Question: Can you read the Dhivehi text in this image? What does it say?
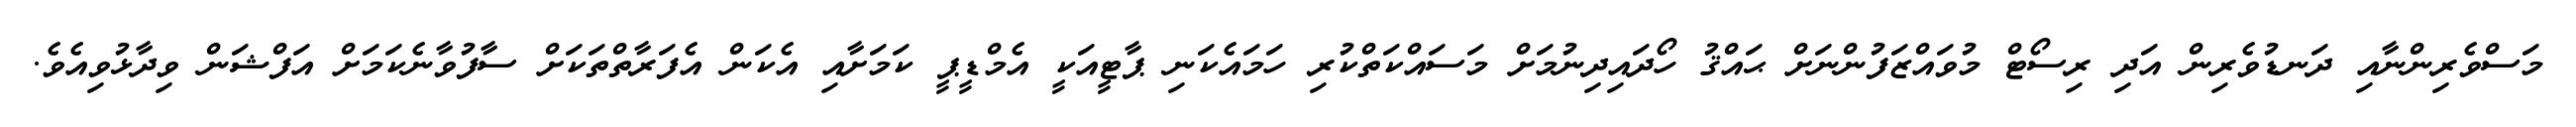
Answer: މަސްވެރިންނާއި ދަނޑުވެރިން އަދި ރިސޯޓް މުވައްޒަފުންނަށް ޙައްޤު ހޯދައިދިނުމަށް މަސައްކަތްކުރި ހަމައެކަނި ޕާޓީއަކީ އެމްޑީޕީ ކަމަށާއި އެކަން އެފަރާތްތަކަށް ސާފުވާނެކަމަށް އަފްޝަން ވިދާޅުވިއެވެ.